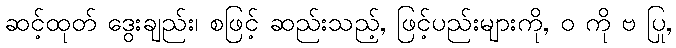
ဆင့်ထုတ် ဒွေးချည်း၊ စဖြင့် ဆည်းသည့်, ဖြင့်ပည်းများကို, ဝ ကို ဗ ပြု,